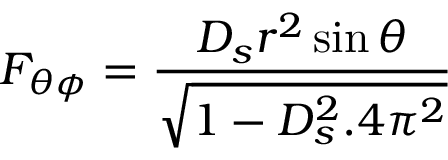
F _ { \theta \phi } = \frac { D _ { s } r ^ { 2 } \sin \theta } { \sqrt { 1 - D _ { s } ^ { 2 } . 4 \pi ^ { 2 } } }